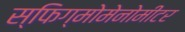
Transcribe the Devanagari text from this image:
स्फिग्मोमेनोमीटर